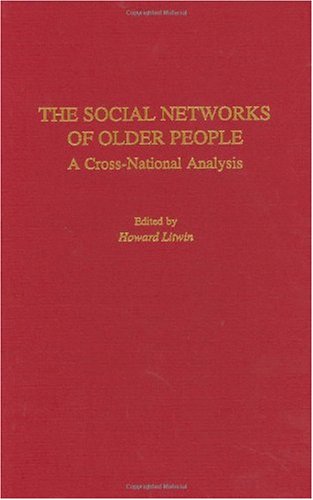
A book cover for The Social Networks of Older People: A Cross-National Analysis; Howard Litwin; Politics & Social Sciences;